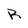
Character: R